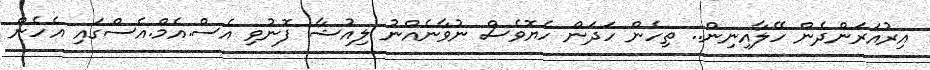
އިރުއަރަންދެން ހޭލާއިނިން.. ތިހެން ހަދަން ހެޔޮވެސް ނުވާނެއްނު ލިއުޝާ ފޮނުވި އެސް.އެމް.އެސްގައި އެހެން